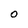
Character: O